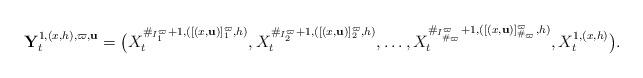
LaTeX: \begin{align*} \mathbf{Y}^{ 1,(x,h), \varpi, \mathbf{u} }_t = \big( X^{\#_{I^\varpi_1}+1,([(x,\mathbf{u})]^\varpi_{1},h)}_t, X^{\#_{I^\varpi_2}+1,([(x,\mathbf{u})]^\varpi_{2},h)}_t, \ldots, X^{\#_{I^\varpi_{\#_\varpi}}+1,([(x,\mathbf{u})]^\varpi_{\#_\varpi},h)}_t, X^{1,(x,h)}_t\big). \end{align*}